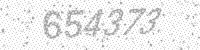
Solution: 654373